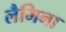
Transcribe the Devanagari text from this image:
लैमिना